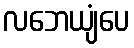
လဘေယျံပေ